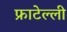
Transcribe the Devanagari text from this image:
फ्राटेल्ली